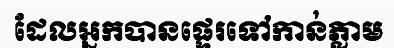
ដែលអ្នកបានផ្ទេរទៅកាន់ភ្លាម